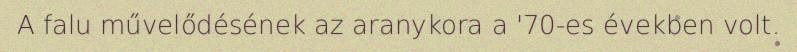
A falu művelődésének az aranykora a '70-es években volt.